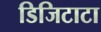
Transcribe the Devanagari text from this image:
डिजिटाटा